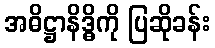
အဓိဋ္ဌာနိဒ္ဓိကို ပြဆိုခန်း